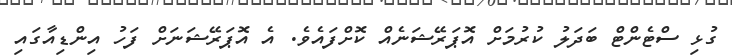
ގުޅި ސްޓެންޓް ބަދަލު ކުރުމަށް އޮޕަރޭޝަނެއް ކޮށްފައެވެ. އެ އޮޕަރޭޝަނަށް ފަހު އިންޑިއާގައި